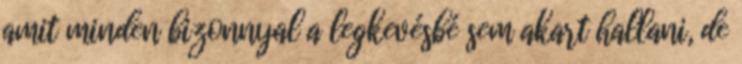
amit minden bizonnyal a legkevésbé sem akart hallani, de